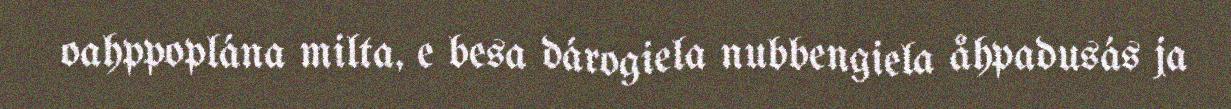
oahppoplána milta, e besa dárogiela nubbengiela åhpadusás ja